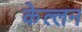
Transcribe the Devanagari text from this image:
केल्लन